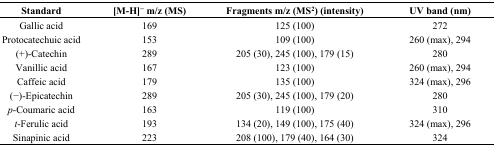
| Standard | [M-H]− m/z (MS) | Fragments m/z (MS2) (intensity) | UV band (nm) |
 | --- | --- | --- | --- |
 | Gallic acid | 169 | 125 (100) | 272 |
 | Protocatechuic acid | 153 | 109 (100) | 260 (max), 294 |
 | (+)-Catechin | 289 | 205 (30), 245 (100), 179 (15) | 280 |
 | Vanillic acid | 167 | 123 (100) | 260 (max), 294 |
 | Caffeic acid | 179 | 135 (100) | 324 (max), 296 |
 | (−)-Epicatechin | 289 | 205 (30), 245 (100), 179 (20) | 280 |
 | p-Coumaric acid | 163 | 119 (100) | 310 |
 | t-Ferulic acid | 193 | 134 (20), 149 (100), 175 (40) | 324 (max), 296 |
 | Sinapinic acid | 223 | 208 (100), 179 (40), 164 (30) | 324 |